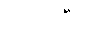
ဧဝံဝါဒီသု